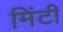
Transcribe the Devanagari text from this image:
मिंटी